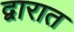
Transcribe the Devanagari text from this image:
द्वारात